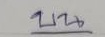
บน